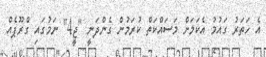
އެ ހަތަރު ގައުމު އެކަމަށް މަސައްކަތް ކުރަމުން ގެންދަނީ "ޖީ4" ނަމުގައި ގްރޫޕެއް